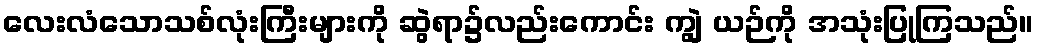
လေးလံသောသစ်လုံးကြီးများကို ဆွဲရာ၌လည်းကောင်း ကျွဲ ယဉ်ကို အသုံးပြုကြသည်။